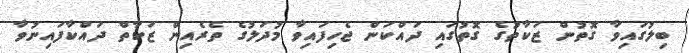
ބިލުގައިވާ ގޮތުން ޒަކާތުގެ ގޮތުގައި ދައްކަން ޖެހިފައިވާ މުދަލުގެ ތެރެއިން ޒަކާތް ދައްކާފައިނުވާ